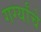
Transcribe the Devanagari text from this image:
गर्ग्यांचे